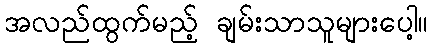
အလည်ထွက်မည့် ချမ်းသာသူများပေါ့။